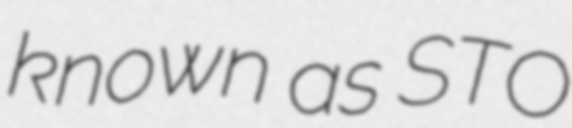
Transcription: known as STO